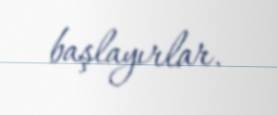
başlayırlar.